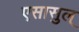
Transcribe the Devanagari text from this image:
एसासुल्